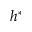
h ^ { * }